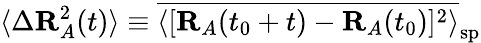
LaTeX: \langle\Delta\mathbf{R}_{A}^{2}(t)\rangle\equiv\overline{{\langle[\mathbf{R}_{A}(t_{0}+t)-\mathbf{R}_{A}(t_{0})]^{2}\rangle}}_{\mathrm{sp}}